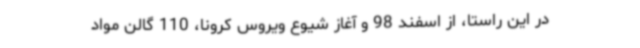
در این راستا، از اسفند 98 و آغاز شیوع ویروس کرونا، 110 گالن مواد